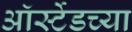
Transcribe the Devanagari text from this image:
ऑर्स्टेडच्या